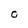
Character: O